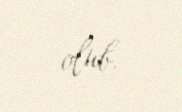
olub.